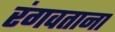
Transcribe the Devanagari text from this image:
रंगवताना